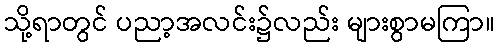
သို့ရာတွင် ပညာ့အလင်း၌လည်း များစွာမကြာ။